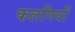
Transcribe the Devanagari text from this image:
कलगियों